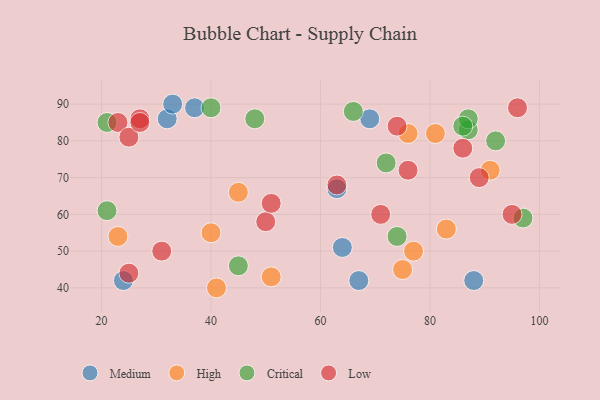
{"axis": {"x": "GDP", "y": "Life Expectancy"}, "legend": ["Critical", "High", "Low", "Medium"], "data": [{"x": "37", "y": 89, "type": "Medium"}, {"x": "67", "y": 42, "type": "Medium"}, {"x": "63", "y": 67, "type": "Medium"}, {"x": "32", "y": 86, "type": "Medium"}, {"x": "33", "y": 90, "type": "Medium"}, {"x": "24", "y": 42, "type": "Medium"}, {"x": "88", "y": 42, "type": "Medium"}, {"x": "64", "y": 51, "type": "Medium"}, {"x": "69", "y": 86, "type": "Medium"}, {"x": "23", "y": 54, "type": "High"}, {"x": "45", "y": 66, "type": "High"}, {"x": "81", "y": 82, "type": "High"}, {"x": "83", "y": 56, "type": "High"}, {"x": "76", "y": 82, "type": "High"}, {"x": "51", "y": 43, "type": "High"}, {"x": "75", "y": 45, "type": "High"}, {"x": "77", "y": 50, "type": "High"}, {"x": "40", "y": 55, "type": "High"}, {"x": "41", "y": 40, "type": "High"}, {"x": "91", "y": 72, "type": "High"}, {"x": "21", "y": 61, "type": "Critical"}, {"x": "45", "y": 46, "type": "Critical"}, {"x": "92", "y": 80, "type": "Critical"}, {"x": "87", "y": 83, "type": "Critical"}, {"x": "97", "y": 59, "type": "Critical"}, {"x": "74", "y": 54, "type": "Critical"}, {"x": "66", "y": 88, "type": "Critical"}, {"x": "72", "y": 74, "type": "Critical"}, {"x": "21", "y": 85, "type": "Critical"}, {"x": "87", "y": 86, "type": "Critical"}, {"x": "40", "y": 89, "type": "Critical"}, {"x": "86", "y": 84, "type": "Critical"}, {"x": "48", "y": 86, "type": "Critical"}, {"x": "23", "y": 85, "type": "Low"}, {"x": "31", "y": 50, "type": "Low"}, {"x": "76", "y": 72, "type": "Low"}, {"x": "25", "y": 81, "type": "Low"}, {"x": "74", "y": 84, "type": "Low"}, {"x": "27", "y": 86, "type": "Low"}, {"x": "25", "y": 44, "type": "Low"}, {"x": "86", "y": 78, "type": "Low"}, {"x": "50", "y": 58, "type": "Low"}, {"x": "51", "y": 63, "type": "Low"}, {"x": "95", "y": 60, "type": "Low"}, {"x": "27", "y": 85, "type": "Low"}, {"x": "63", "y": 68, "type": "Low"}, {"x": "96", "y": 89, "type": "Low"}, {"x": "89", "y": 70, "type": "Low"}, {"x": "71", "y": 60, "type": "Low"}]}